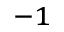
^ { - 1 }